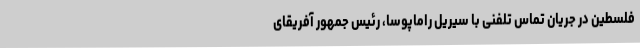
فلسطین در جریان تماس تلفنی با سیریل راماپوسا، رئیس جمهور آفریقای